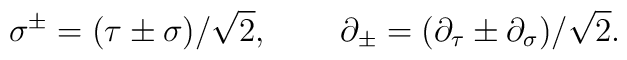
\sigma ^{\pm }=(\tau \pm \sigma )/\sqrt{2},\,\quad \quad \partial _{\pm}=(\partial _\tau \pm \partial _\sigma )/\sqrt{2}.